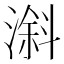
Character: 𣻠